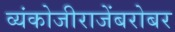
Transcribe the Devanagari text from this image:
व्यंकोजीराजेंबरोबर